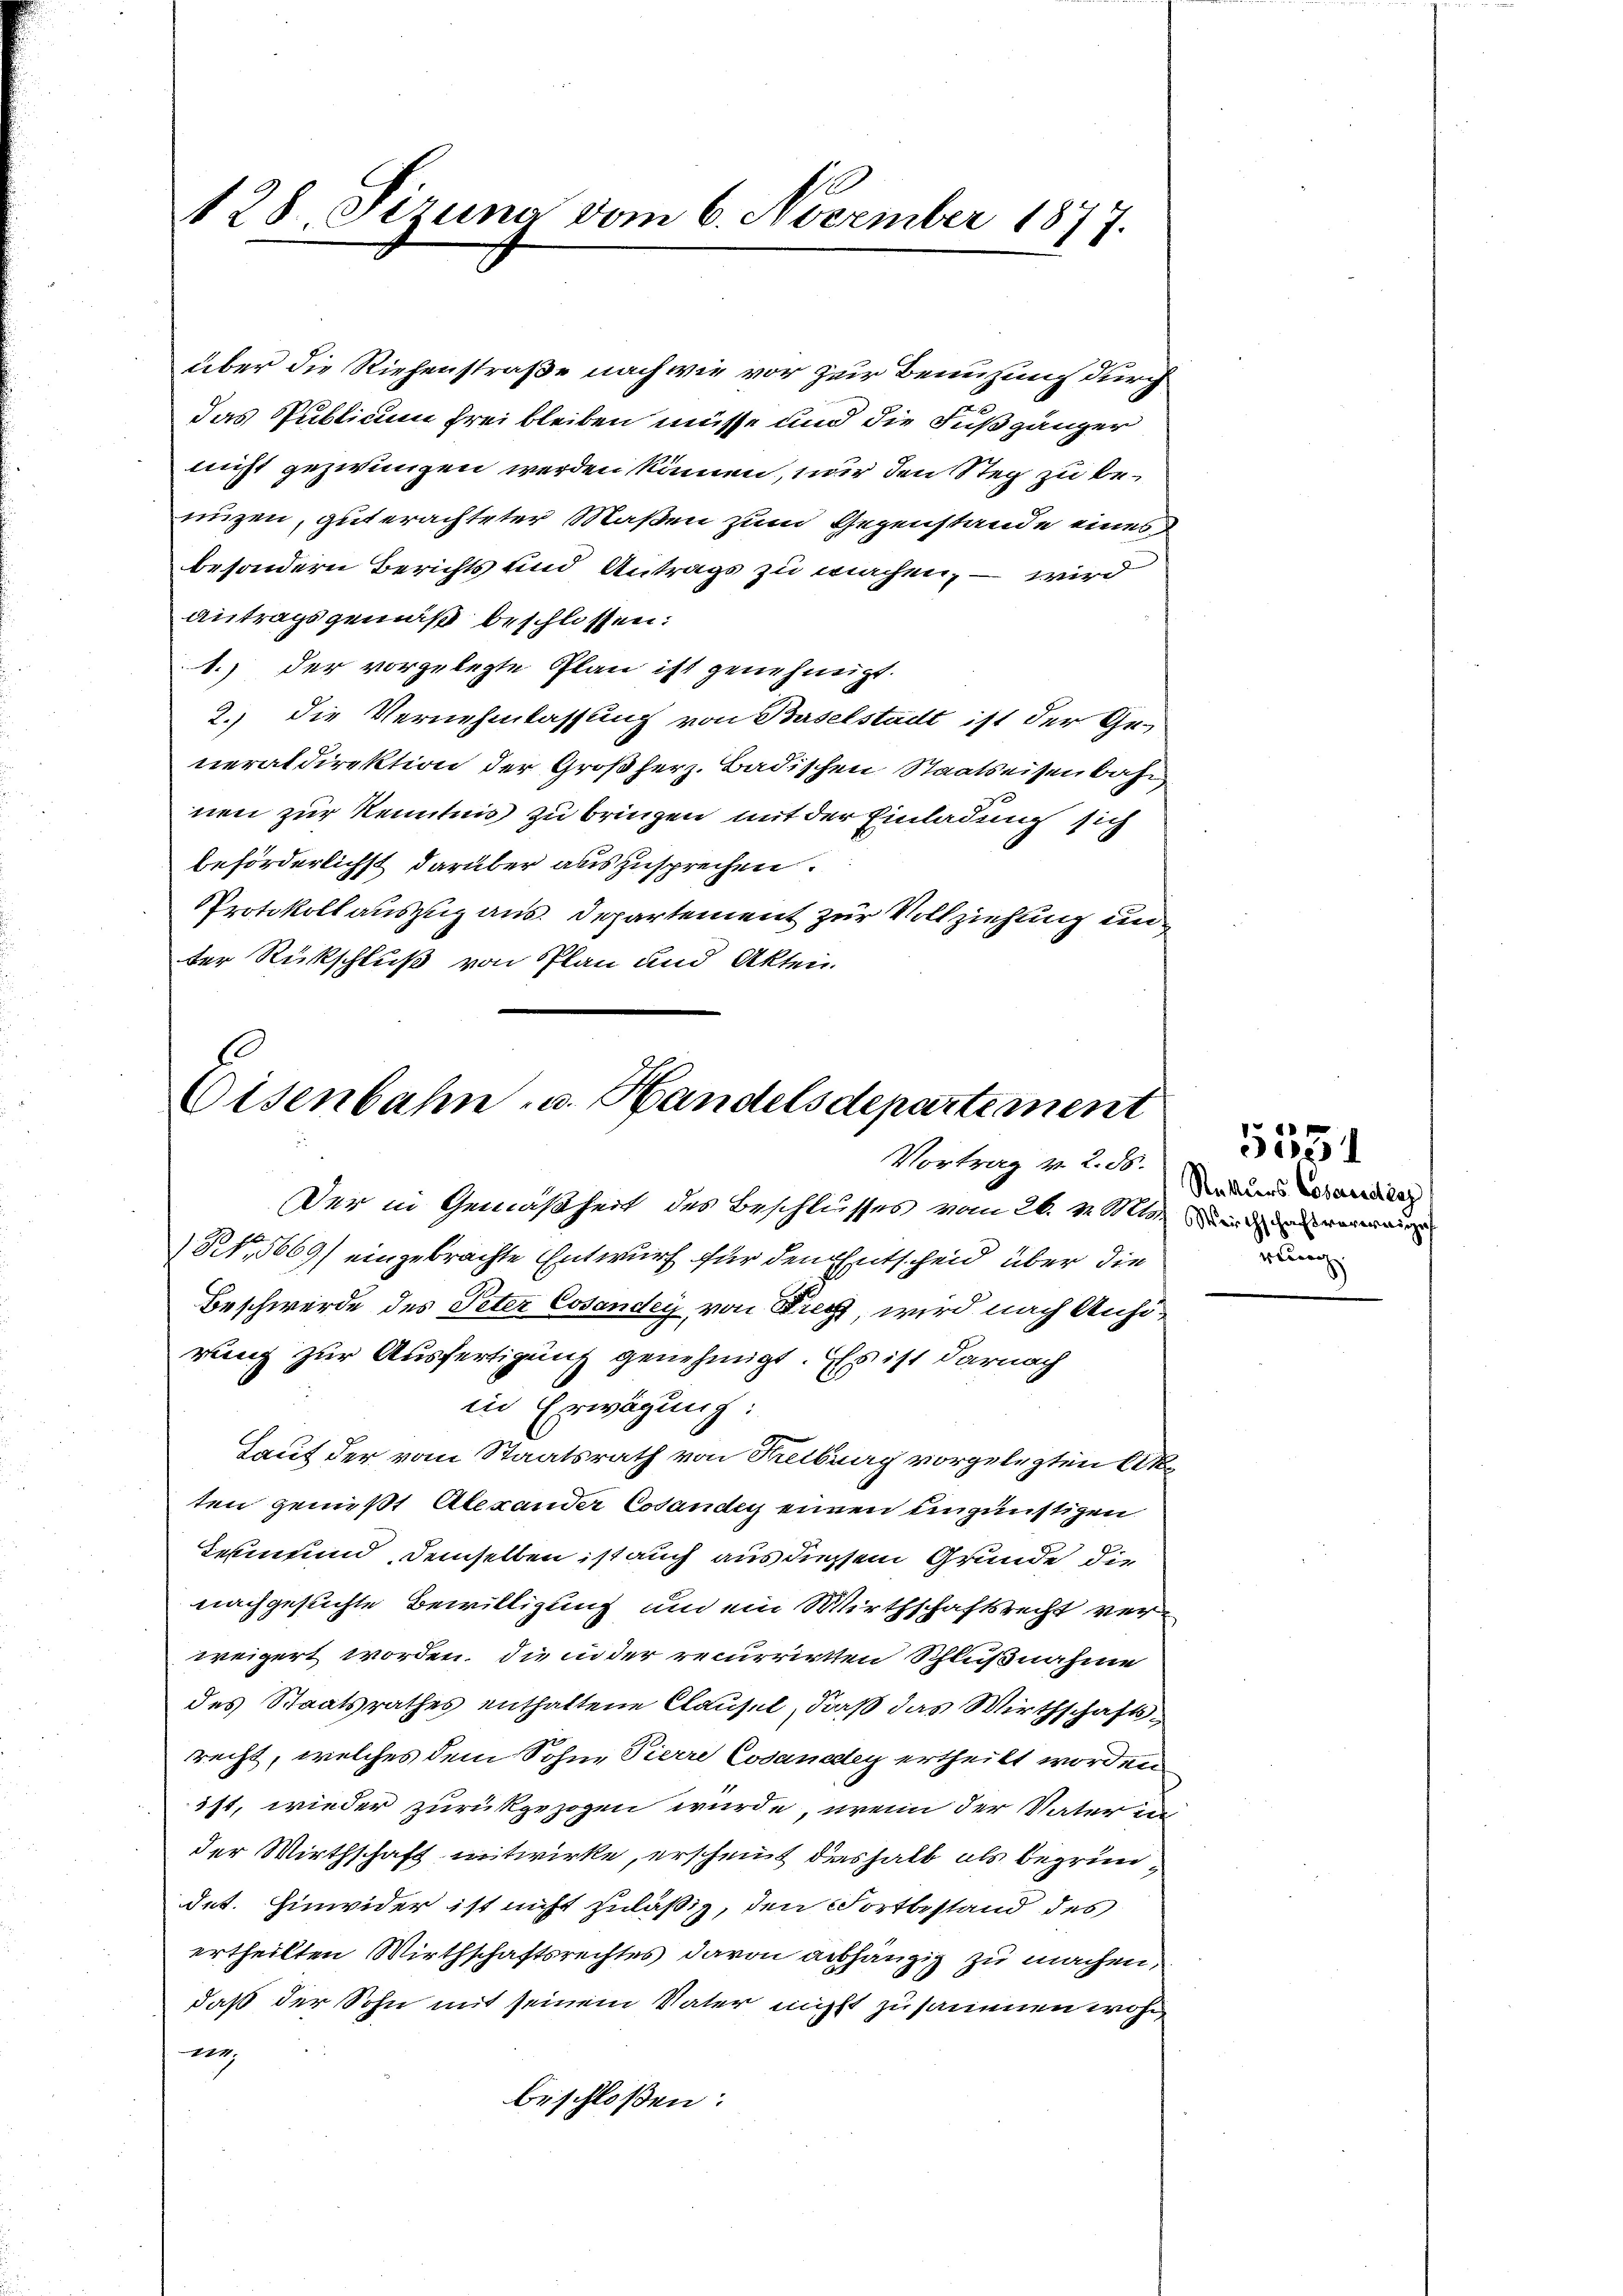
128. Sizung vom 6. November 1877.

über die Riehenstraße nach wie vor zur Benuzung durch
das Publicum frei bleiben müsse und die Fußgänger
nicht gezwingen werden können, nur den Steg zu benüzen, gut erachteter Maßen zum Gegenstande eines
besondern Berichts und Antrags zu machen, – wird
antragsgemäß beschlossen:
1.) der vorgelegte Plan ist genehmigt.
2.) Die Vernehmlassung von Baselstadt ist der Ge-
neraldirektion der Großherz. Badischen Staatseisenbahn
nen zur Kenntnis zu bringen mit der Einladung sich
beförderlichst darüber auszusprechen.
Protokoll auszug aus. Departement zur Vollziehung under Rückschluß von Plan und Akten.

Eisenbahn- u. Handelsdepartement
Vortrag v. 2. 55.

Der in Gemäßheit des Beschlusses vom 26. v. Mts. Binderen
N, 5669/ eingebrachte Entwurf für den Entscheid über die
Beschwerde des Peter Cosander von Frey, wird nach Anhörung zur Ausfertigung genehmigt. Es ist darnach
in Erwägung:
Lauf der vom Staatsrath von Kreiburg vorgelegten Akoten gemißt Alexander Cosändig einen eingünstigen
Teßin und demselben ist auch aus diesem Grunde, die
nachgesuchte Bewilligung und ein Wirthschaftsrecht verweigert worden, die in der recurrirten Schlußnahme
des Staatsrathes enthaltene Clausel, daß das Wirthschaftsrecht, welches dem Sohne Pierre Cosanedley ertheilt worden
ist, wieder zurückgezogen wurde, wenn der Vaterin
der Wirthschaft mitwirke, erscheit deshalb als begründet. Hinwider ist nicht zuläßig, den Fortbestand des
ertheilten Wirthschaftsrechtes davon abhängig zu machen,
daß der Sohn mit seinem Vater nicht zusammen wohn
ver
beschloßen:

Rekurs Cosaendenz
rlinge

5351